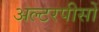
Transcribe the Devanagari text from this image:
अल्टरपीसों